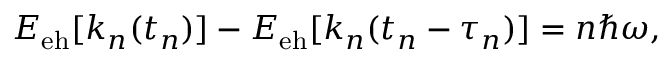
\begin{array} { r } { E _ { \mathrm { e h } } [ k _ { n } ( t _ { n } ) ] - E _ { \mathrm { e h } } [ k _ { n } ( t _ { n } - \tau _ { n } ) ] = n \hbar \omega , } \end{array}